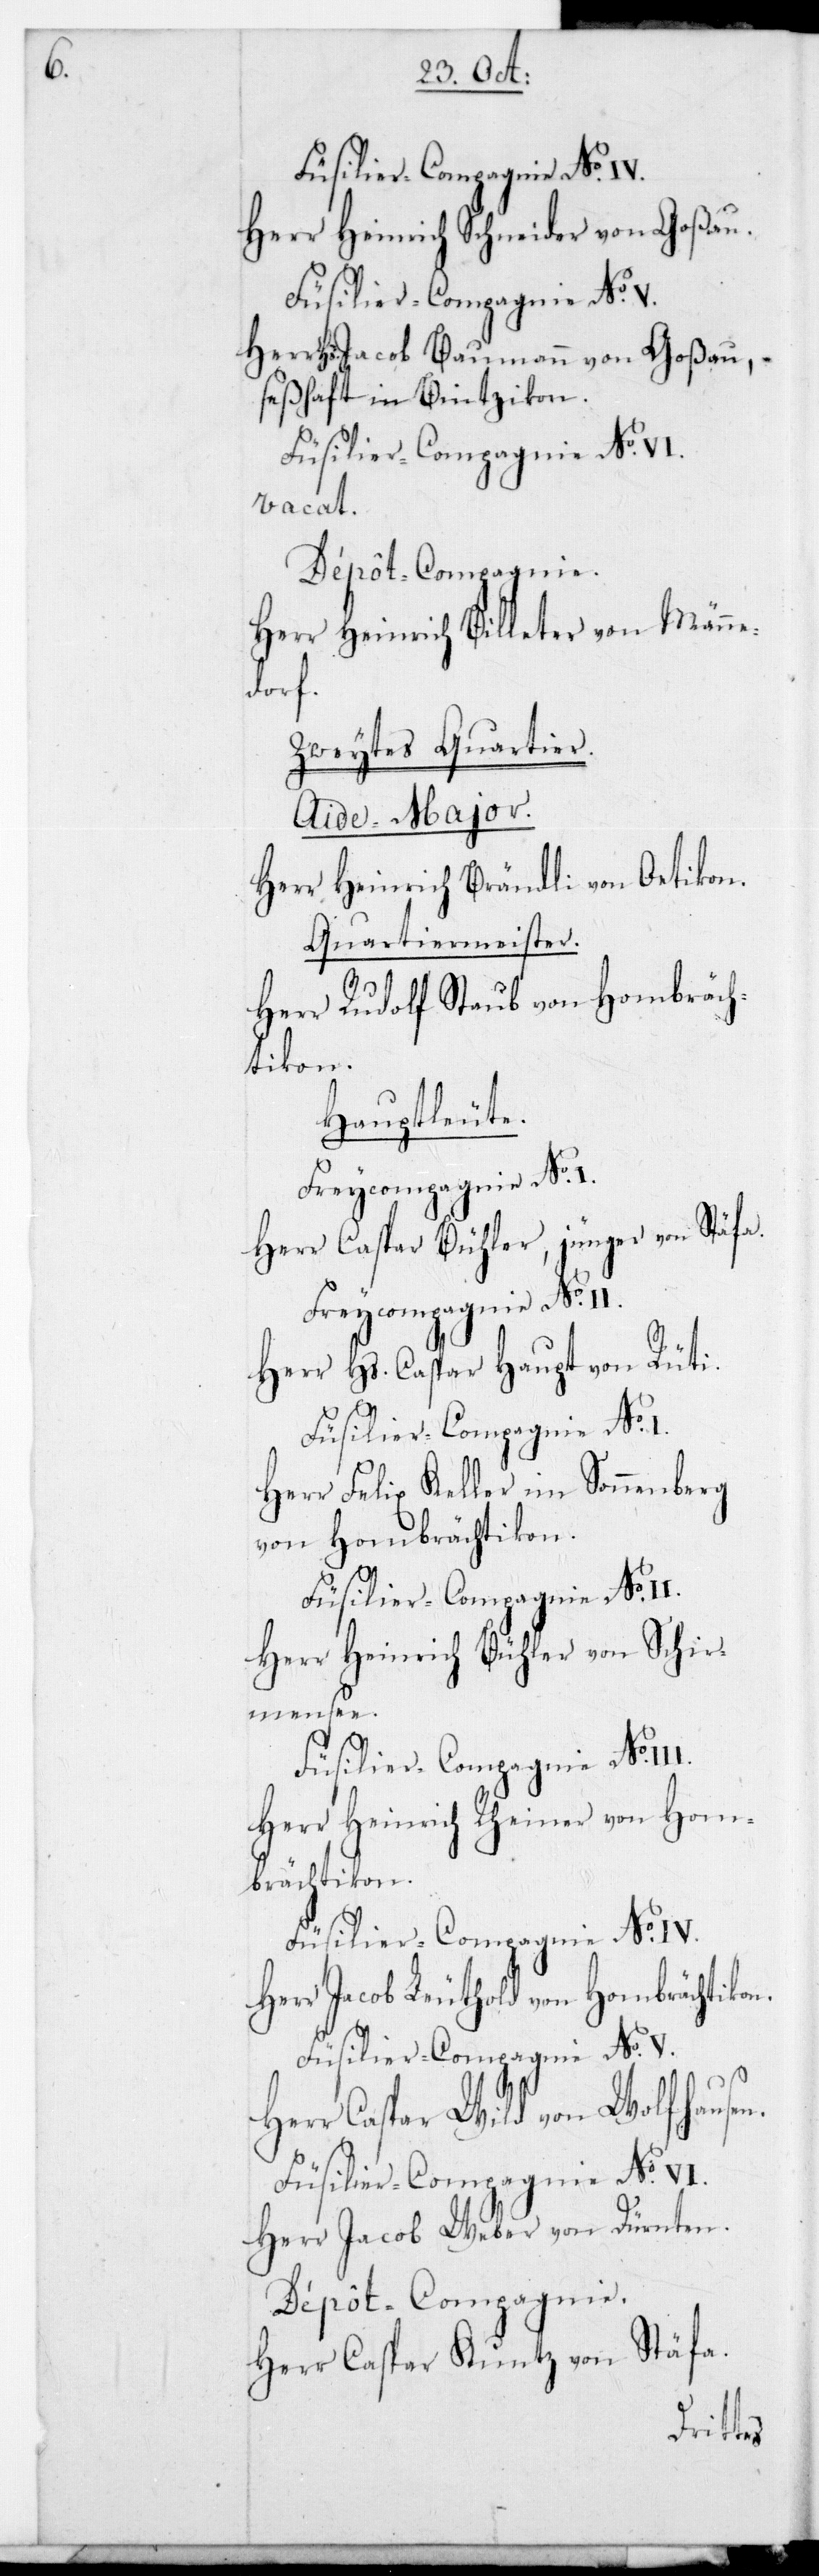
Herr Heinrich Schneider von Goßau;
Füsilier-Compagnie No. V.
Herr Hs. Jacob Baumann von Goßau, –
seßhaft in Bintzikon.
vacat.
Dépôt-Compagnie.
Herr Heinrich Billeter von Männe¬
dorf.
Zweytes Quartier.
Aide-Major.
Herr Heinrich Brändli von Oetikon.
Quartiermeister.
Herr Rudolf Staub von Hombräch¬
tikon.
Hauptleute.
Freycompagnie No.
Herr Caspar Bühler jünger, von Stäfa.
Herr Hs. Caspar Haupt von Rüti.
Herr Felix Keller im Sonnenberg
von Hombrächtikon.
Füsilier-Compagnie No. VI.
Herr Heinrich Bühler von Schir¬
mensee.
Herr Heinrich Rheiner von Hom¬
brächtikon.
Füsilier-Compagnie No. IV.
Herr Jacob Leuthold von Hombrächtikon.
Füsilier-Compagnie No. V.
Herr Caspar Wild von Wolfhausen.
Herr Jacob Weber von Dürnten.
Herr Caspar Kuntz von Stäfa.